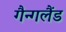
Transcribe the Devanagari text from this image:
गैन्गलैंड